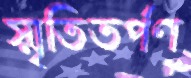
স্মৃতিতর্পণ